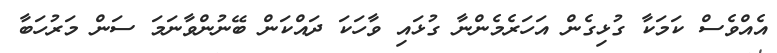
އެއްވެސް ކަމަކާ ގުޅިގެން އަހަރެމެންނާ ގުޅައި ވާހަކަ ދައްކަން ބޭނުންވާނަމަ ސަން މަރުހަބާ